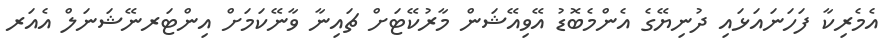
އެމެރިކާ ފަހަނައަޅައި ދުނިޔޭގެ އެންމެބޮޑު އޭވިއޭޝަން މާރުކޭޓަށް ޗައިނާ ވާނޭކަމަށް އިންޓަރނޭޝަނަލް އެއަރ